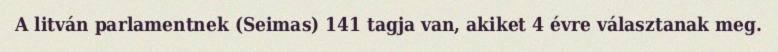
A litván parlamentnek (Seimas) 141 tagja van, akiket 4 évre választanak meg.